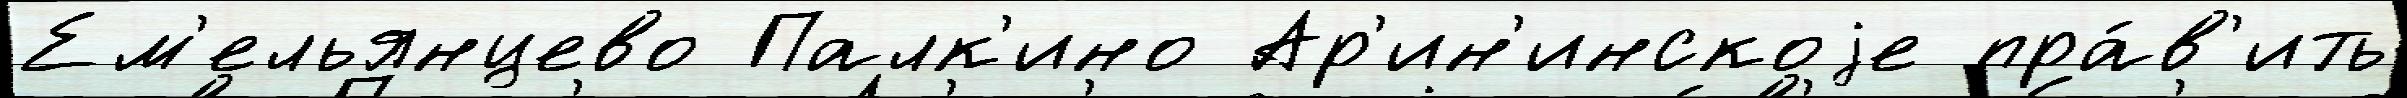
Ем'ельянцево Палк'ино Ар'ин'инскоjе пра́в'ить